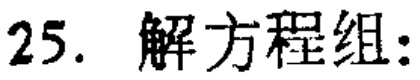
25. 解方程组: